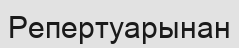
Репертуарынан